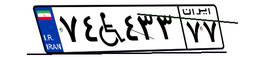
۷۴W۴۳۳۷۷